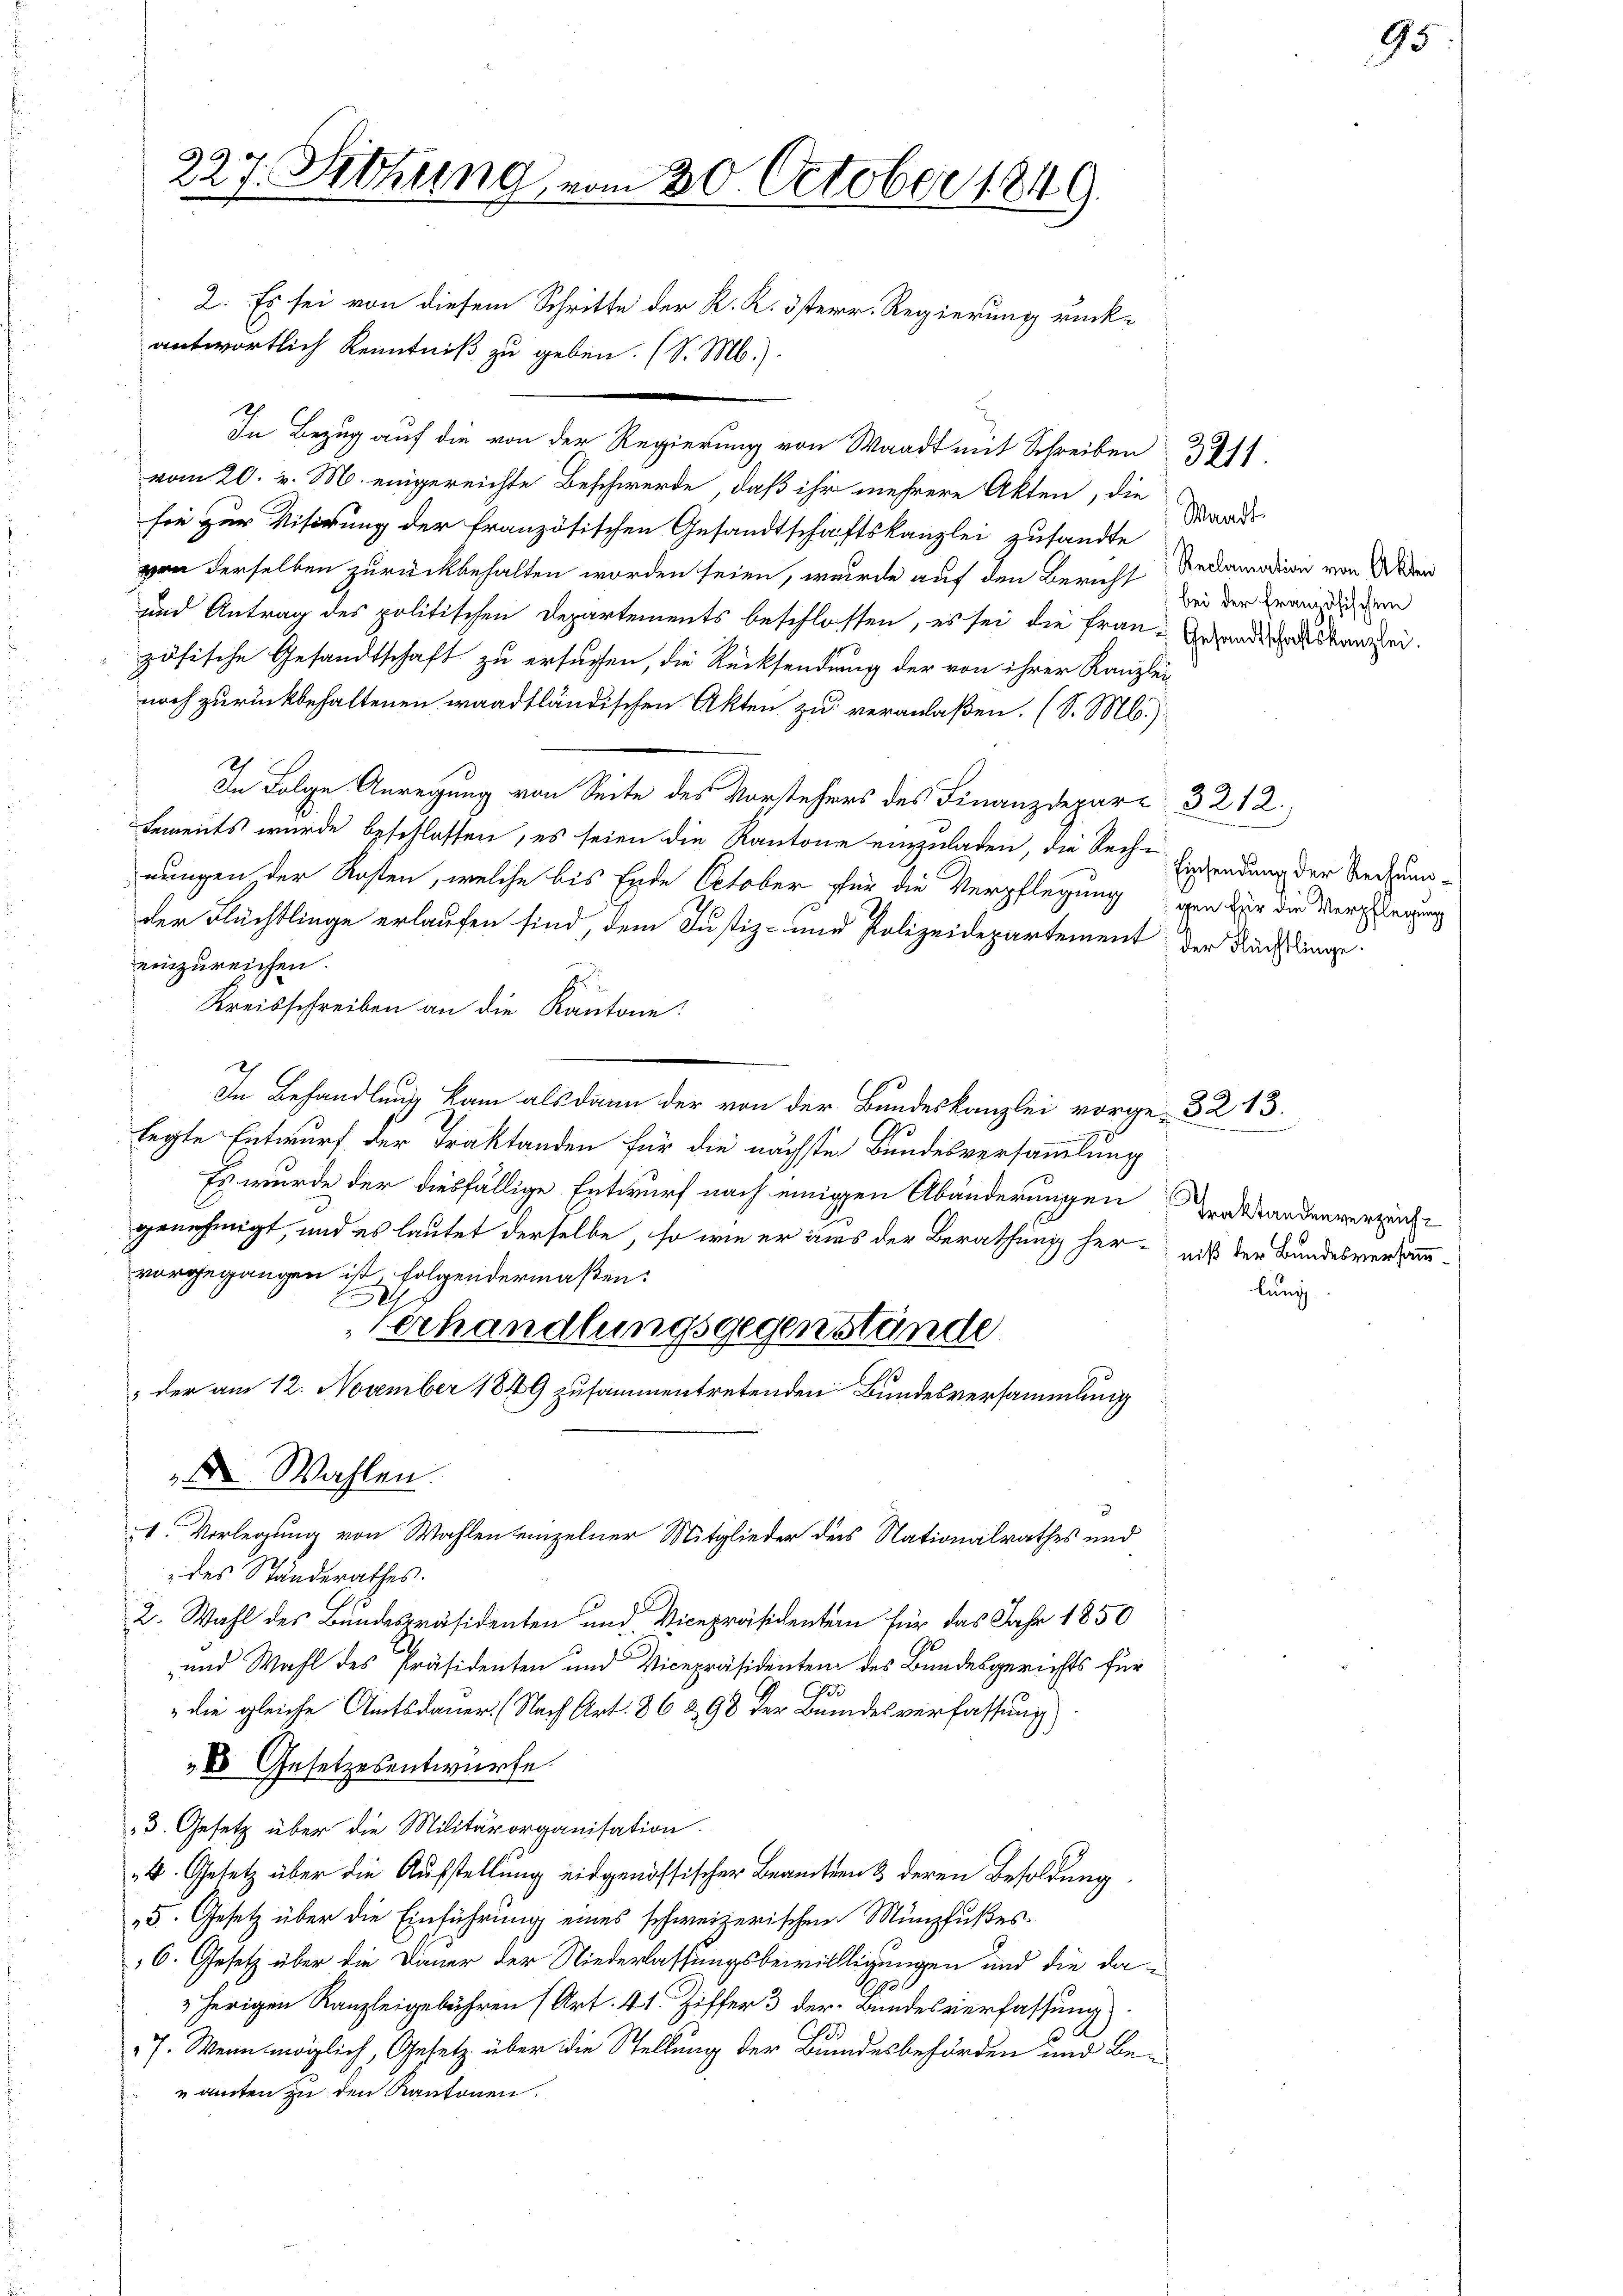
227. Sitzung vom 30. October 1849.
2. Es sei von diesem Schritte der K. K. österr. Regierung rückantwortlich Kenntniß zu geben. (S. M.).

In Bezug auf die von der Regierung von Waadt mit Schreiben 31.
vom 20. v. M. eingereichte Beschwerde, daß ihr mehrere Akten, die
sie zur Visirung der französischen Gesandtschaftskanzlei zusandte
von derselben zurückbehalten worden seien, wurde auf den Bericht Redamortion von Wider
und Antrag des politischen Departements beschlossen, es sei die Frau-Grandischen anzeizösische Gesandtschaft zu ersuchen, die Rücksendung der von ihrer Kanzlei-
noch zurückbehaltenen waadtländischen Akten zu veranlaßen. (S. Ml.)
In Folge Anregung von Seite des Vorstehers des Finanzdepart 3 212.
tements wurde beschlossen, es seien die Kantone einzuladen, die Rech- Einsendung der Rechungnungen der Kosten, welche bis Ende October für die Verpflegung von für die Verpflegung
der Flüchtlinge erlaufen sind, dem Justiz- und Polizeidepartement der Nachlingeeinzureichen.
Kreisschreiben an die Kantone:
In Behandlung kam als dann der von der Bundeskanzlei vorge- 32. 13.
legte Entwurf der Traktanden für die nächste Bundesversammlung
Es wurde der diesfällige Entwurf nach einigen Abänderungen Traktandenverzeichgenehmigt, und es lautet derselbe, so wie er aus der Berathung her- niß der Bundesversammvorgegangen ist folgendermaßen:
lung
Be
Verhandlungsgegenstände
; der am 12. November 1849 zusammentretenden Bundesversammlung
Dr Wahlen.
1. Vorlegung von Wahlen einzelner Mitglieder des Nationalrathes und
 des Standerathes.
2. Wahl des Bundespräsidenten und Vicepräsidenten für das Jahr 1850
und Wahl des Präsidenten und Vicepräsidenten des Bundesgerichts für
30
die gleiche Amtsdauer. (Nach Art. 86 298 der Bundesverfassung)
„X Gesetzesentwürfe.
3. Gesetz über die Militärorganisation.
4. Gesetz über die Aufstellung eidgenössischer Beamten & deren Besoldung
5. Gesetz über die Einführung eines schweizerischen Münzfußes.
6. Gesetz über die Dauer der Niederlassungsbewillligungen und die daherigen Kanzleigebühren (Art. 41 Ziffer 3 der Bundesverfassung
7. Wenn möglich, Gesetz über die Stellung der Bundesbehörden und Be-
amten zu den Kantonen.

Waadt.
bei der französischen

95.